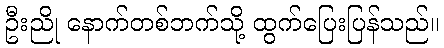
ဦးညို နောက်တစ်ဘက်သို့ ထွက်ပြေးပြန်သည်။